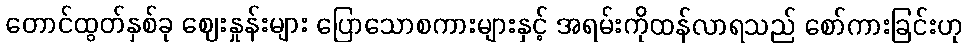
တောင်ထွတ်နှစ်ခု ဈေးနှုန်းများ ပြောသောစကားများနှင့် အရမ်းကိုထန်လာရသည် စော်ကားခြင်းဟု